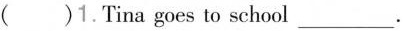
()1.Tina goes to school ___.